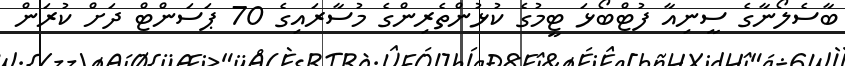
ބާސެލޯނާގެ ސީނިއާ ފުޓްބޯޅަ ޓީމުގެ ކުޅުންތެރިންގެ މުސާރައިގެ 70 ޕަސަންޓް ދަށް ކުރަން